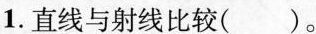
1.直线与射线比较( )。